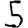
Digit: 5